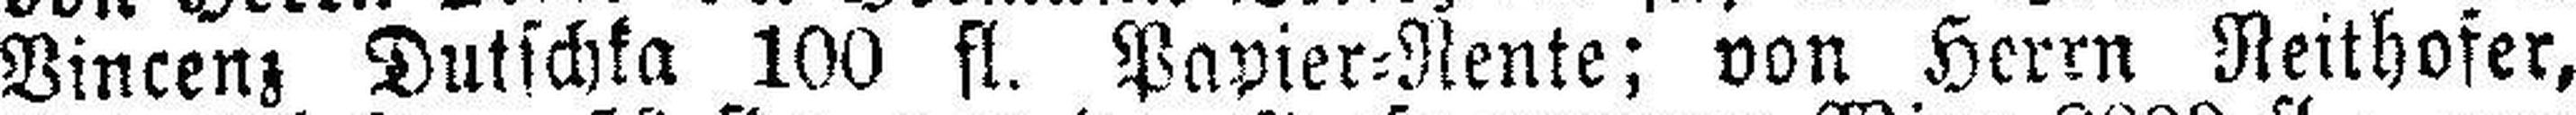
Vincenz Dutschka 100 fl. Papier=Rente; von Herrn Reithofer,